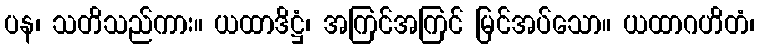
ပန၊ သတိသည်ကား။ ယထာဒိဋ္ဌံ၊ အကြင်အကြင် မြင်အပ်သော။ ယထာဂဟိတံ၊